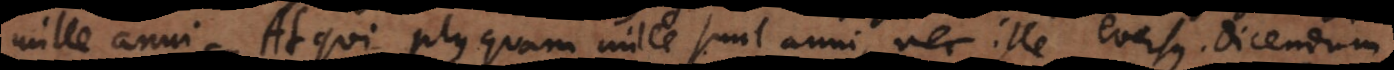
mille anni. Atqui plus quam mille sunt anni, nec ille eversus. Dicendum